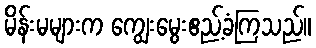
မိန်းမများက ကျွေးမွေးဧည့်ခံကြသည်။